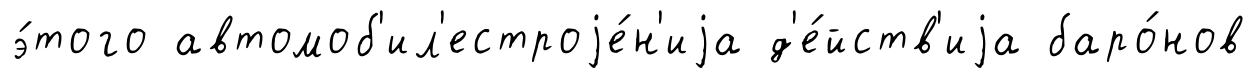
э́того автомоб'ил'естроjе́н'иjа д'е́йств'иjа баро́нов